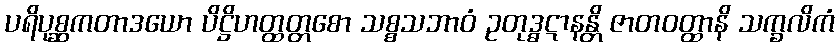
ပရိပုစ္ဆကတာဒယော ပိဋ္ဌိဟတ္ထတ္တစော သစ္စသဘာဝံ ဥတုဒ္ဓဋာနန္တိ ဇာတဝတ္ထာနိ သက္ခလိကံ